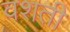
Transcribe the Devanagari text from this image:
वशती